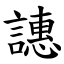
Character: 譓